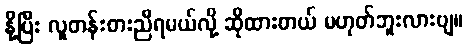
နို့ပြီး လူတန်းစားညီရမယ်လို့ ဆိုထားတယ် မဟုတ်ဘူးလားဗျ။